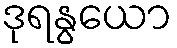
ဒုရနွယော